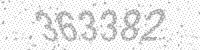
Solution: 363382